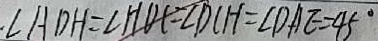
\angle A D H = \angle H D C = \angle D C H = \angle D A E = 4 5 ^ { \circ }